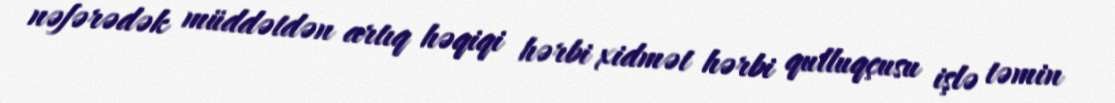
nəfərədək müddətdən artıq həqiqi hərbi xidmət hərbi qulluqçusu işlə təmin